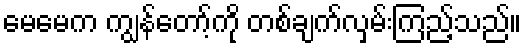
မေမေက ကျွန်တော့်ကို တစ်ချက်လှမ်းကြည့်သည်။